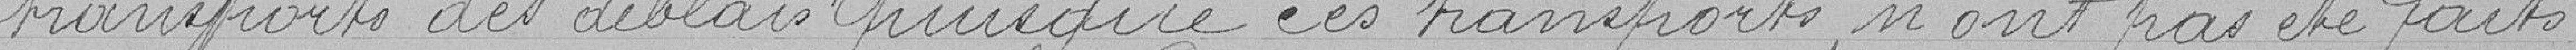
transports des déblais puisque ces transports n'ont pas été faits ;